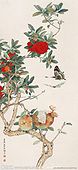
前度绿阴载酒，枝头色比舞裙同。